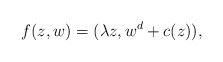
\begin{align*}f(z,w)=(\lambda z, w^d+c(z)),\end{align*}